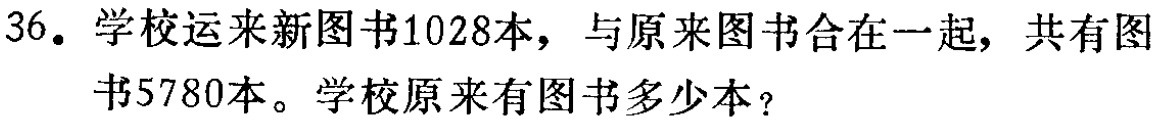
36. 学校运来新图书1028本，与原来图书合在一起，共有图书5780本。学校原来有图书多少本？